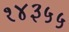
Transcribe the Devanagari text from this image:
१४३५५